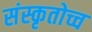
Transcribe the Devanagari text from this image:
संस्कृतोच्च